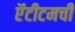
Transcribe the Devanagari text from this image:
ऍंटीटमची